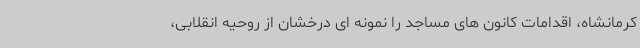
کرمانشاه، اقدامات کانون های مساجد را نمونه ای درخشان از روحیه انقلابی،